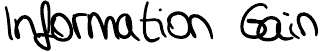
Information Gain